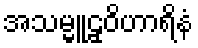
အသမ္မူဠှဝိဟာရိနံ